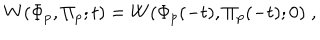
W ( \Phi _ { p } , \Pi _ { p } ; t ) = W ( \Phi _ { p } ( - t ) , \Pi _ { p } ( - t ) ; 0 ) \; ,